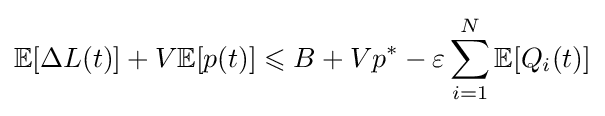
\mathbb {E} [\Delta L(t)]+V\mathbb {E} [p(t)]\leqslant B+Vp^{*}-\varepsilon \sum _{i=1}^{N}\mathbb {E} [Q_{i}(t)]